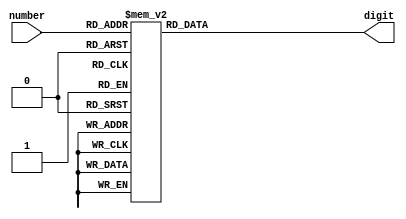
`timescale 1ns / 1ps
/*
 * Written by: yellokrow
 * FreeBSD license
 */

module Digit_Decoder(
	input[3:0] number,
	output reg[6:0] digit
    );

always@(number)
begin
	case(number)
	4'b0000: digit <= 7'b1000000; // 0
	4'b0001: digit <= 7'b1111001; // 1
	4'b0010: digit <= 7'b0100100; // 2
	4'b0011: digit <= 7'b0110000; // 3
	4'b0100: digit <= 7'b0011001; // 4
	4'b0101: digit <= 7'b0010010; // 5
	4'b0110: digit <= 7'b0000010; // 6
	4'b0111: digit <= 7'b1111000; // 7
	4'b1000: digit <= 7'b0000000; // 8
	4'b1001: digit <= 7'b0011000; // 9
	default: digit <= 7'b0110110; // out of bounds. just in case
	endcase
end

endmodule